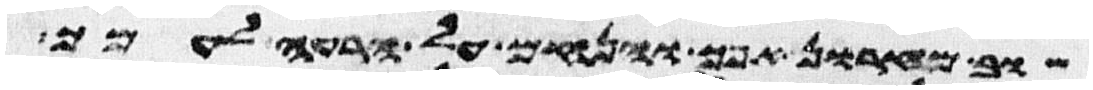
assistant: שוב מחרון אפך והנחם על הרעה לעמך